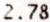
2.78